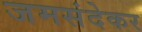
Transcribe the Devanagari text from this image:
जमसंदेकर